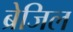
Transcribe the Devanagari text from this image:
ब्रेजिल